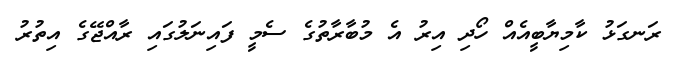
ރަނގަޅު ކާމިޔާބީއެއް ހޯދި އިރު އެ މުބާރާތުގެ ސެމީ ފައިނަލުގައި ރާއްޖޭގެ އިތުރު